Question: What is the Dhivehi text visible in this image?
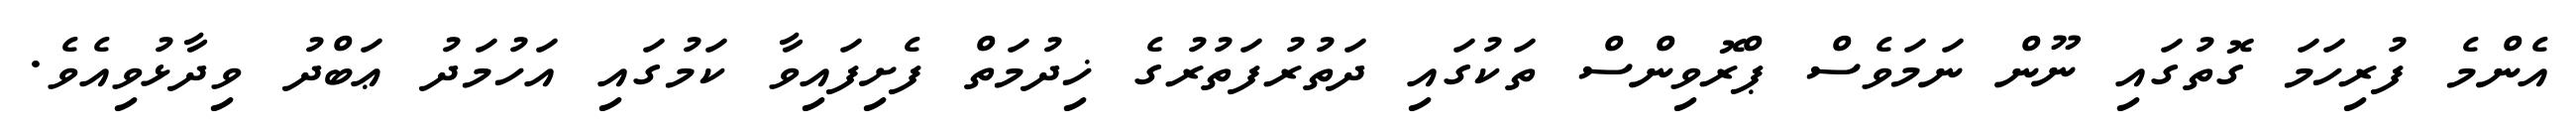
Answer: އެންމެ ފުރިހަމަ ގޮތުގައި ނޫން ނަމަވެސް ޕްރޮވިންސް ތަކުގައި ދަތުރުފަތުރުގެ ޚިދުމަތް ފެށިފައިވާ ކަމުގައި އަހުމަދު ޢަބްދު ވިދާޅުވިއެވެ.